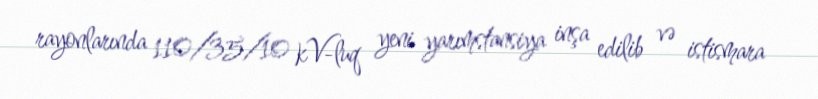
rayonlarında 110/35/10 kV-luq yeni yarımstansiya inşa edilib və istismara